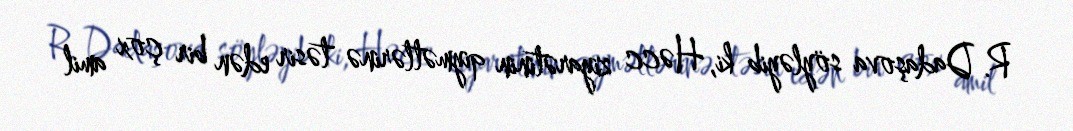
R. Dadaşova söyləyib ki, Həcc ziyarətinin qiymətlərinə təsir edən bir çox amil